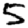
Digit: 5